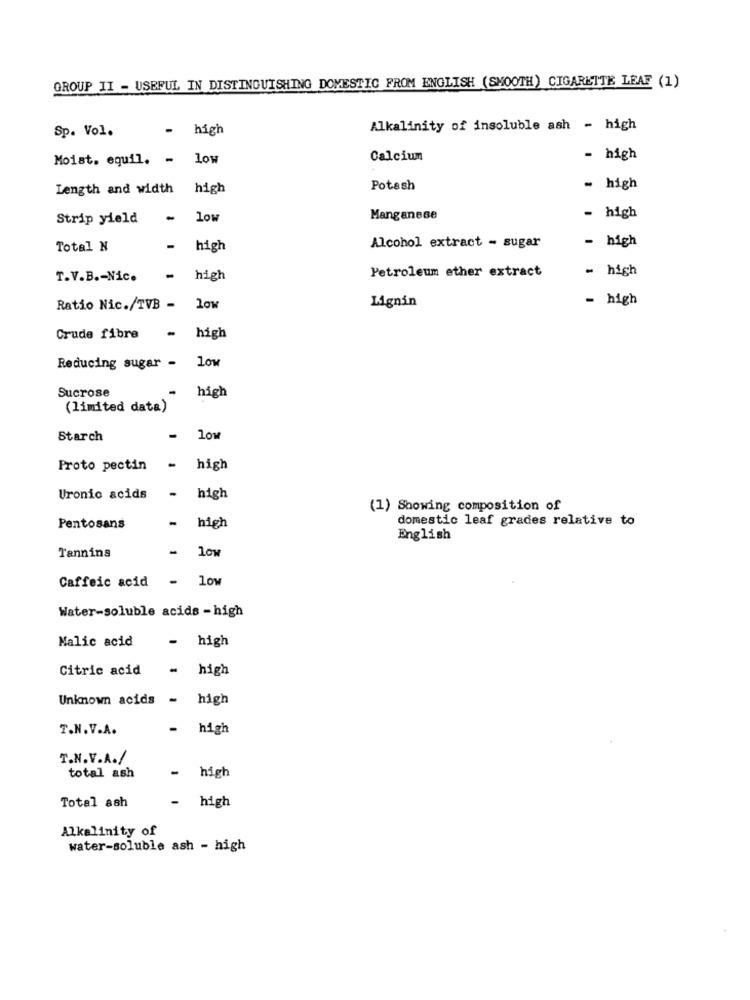
GROUP II - USEFUL IN DISTINGUISHING DOMESTIC FROM ENGLISH (SMOOTH) CIGARETTE LEAF (1)
Sp. Vol.
- high
Alkalinity of insoluble ash - high
Moist, equil. - low
Calcium
- high
Length and width
high
Potash
- high
Strip yield
low
Manganese
- high
- high
Total N
-
high
Alcohol extract - sugar
Petroleum ether extract
- high
T.V.B .- Nic.
-
high
Lignin
- high
Ratio Nic./TVB - low
Crude fibre
high
Reducing sugar - low
Sucrose
high
(limited data)
Starch
-
low
Proto pectin
- high
-
Uronic acids
high
(1) Showing composition of
domestic leaf grades relative to
Pentosans
high
English
low
Tannins
Caffeic acid
- low
Water-soluble acids - high
Malic acid
- high
Citric acid
- high
Unknown acids
high
T.N.V.A.
- high
T.N.V.A./
-
high
total ash
high
Total ash
Alkalinity of
water-soluble ash - high